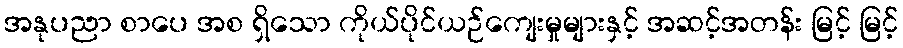
အနုပညာ စာပေ အစ ရှိသော ကိုယ်ပိုင်ယဉ်ကျေးမှုများနှင့် အဆင့်အတန်း မြင့် မြင့်